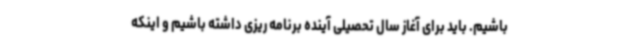
باشیم. باید برای آغاز سال تحصیلی آینده برنامه ریزی داشته باشیم و اینکه